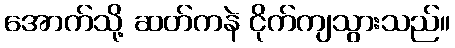
အောက်သို့ ဆတ်ကနဲ ငိုက်ကျသွားသည်။